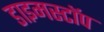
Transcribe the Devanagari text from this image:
डाइमस्टॉप